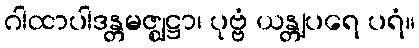
ဂါထာပါဒန္တမဇ္ဈဋ္ဌာ၊ ပုဗ္ဗံ ယန္တျပရေ ပရံ။